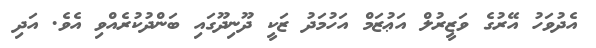
އެދުވަހު އޭރުގެ ވަޒީރުލް އަޢުޒަމް އަހުމަދު ޒަކީ ދޫނިދޫގައި ބަންދުކުރެއްވި އެވެ. އަދި